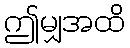
ဤမျှအထိ